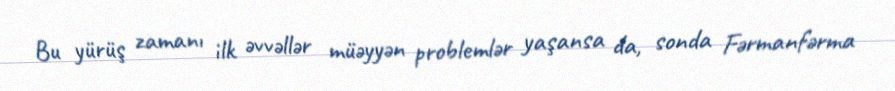
Bu yürüş zamanı ilk əvvəllər müəyyən problemlər yaşansa da, sonda Fərmanfərma